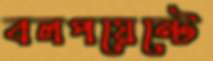
বলপয়েন্টে